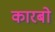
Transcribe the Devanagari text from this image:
कारबो